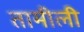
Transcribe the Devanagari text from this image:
तामीली